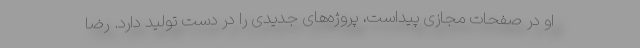
او در صفحات مجازی پیداست، پروژه‌های جدیدی را در دست تولید دارد. رضا